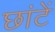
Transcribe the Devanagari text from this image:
छांटें